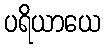
ပရိယာယေ